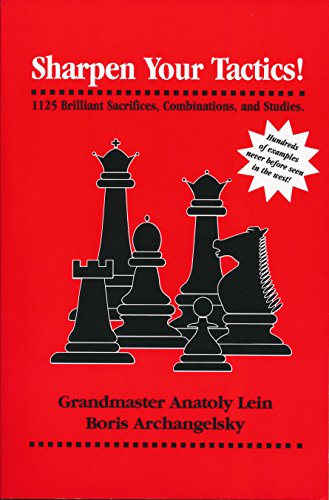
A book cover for Sharpen Your Tactics: 1125 Brilliant Sacrifices, Combinations, and Studies; Anatoly Lein; Humor & Entertainment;